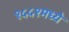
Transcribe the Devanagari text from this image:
१५५१मध्ये